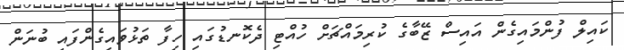
ކައިލް ފުންމައިގެން އައިސް ޒޭބާގެ ކުރިމައްޗަށް ހުއްޓި ދެކޮނޑުގައި ހިފާ ތަޅުވައިގެންފައި ބުނަން